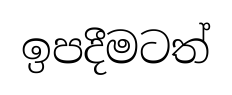
ඉපදීමටත්